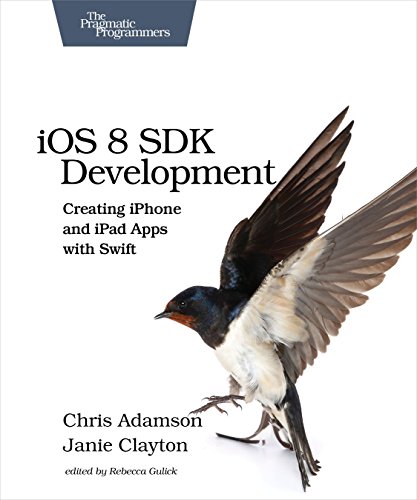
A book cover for iOS 8 SDK Development: Creating iPhone and iPad Apps with Swift (The Pragmatic Programmers); Chris Adamson; Computers & Technology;